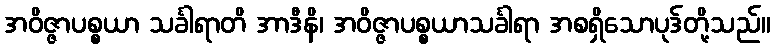
အဝိဇ္ဇာပစ္စယာ သင်္ခါရာတိ အာဒီနိ၊ အဝိဇ္ဇာပစ္စယာသင်္ခါရာ အစရှိသောပုဒ်တို့သည်။